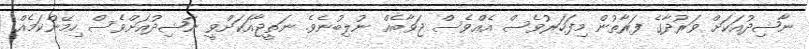
ނާޝިދުއަކަށް ވަރުދާގެ ފަރާތުން މިފަހަރުވެސް އެއްވެސް ޖަވާބެއް ނުލިބުނެވެ. ނަތީޖާއަކަށްވީ ނާޝިދުއަށްވެސް ހިމޭންކަމެއް